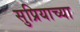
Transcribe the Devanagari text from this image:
सुप्रियाच्या